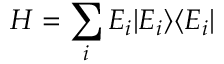
H = \sum _ { i } E _ { i } | E _ { i } \rangle \langle E _ { i } |